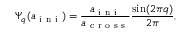
\Psi _ { q } ( a _ { \mathrm { ~ i ~ n ~ i ~ } } ) = \frac { a _ { \mathrm { ~ i ~ n ~ i ~ } } } { a _ { \mathrm { ~ c ~ r ~ o ~ s ~ s ~ } } } \frac { \sin ( 2 \pi q ) } { 2 \pi } ,